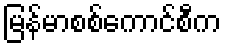
မြန်မာစစ်ကောင်စီက